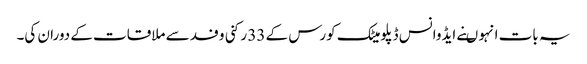
یہ بات انہو ںنے ایڈوانس ڈپلومیٹک کورس کے 33 رکنی وفد سے ملاقات کے دوران کی۔